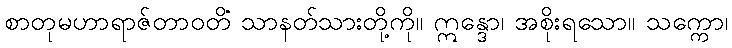
စာတုမဟာရာဇ်တာဝတိံ သာနတ်သားတို့ကို။ ဣန္ဒော၊ အစိုးရသော။ သက္ကော၊